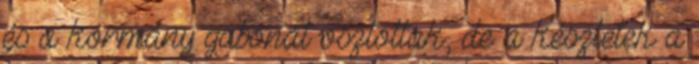
és a kormány gabonát osztottak, de a készletek a